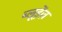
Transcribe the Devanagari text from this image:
ब्लूड़ेंज़